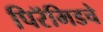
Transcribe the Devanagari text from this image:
पिरॅमिडचे